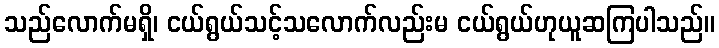
သည်လောက်မရှိ၊ ငယ်ရွယ်သင့်သလောက်လည်းမ ငယ်ရွယ်ဟုယူဆကြပါသည်။